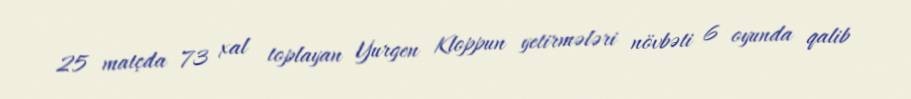
25 matçda 73 xal toplayan Yurgen Kloppun yetirmələri növbəti 6 oyunda qalib